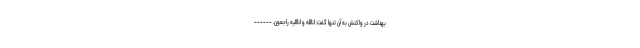
بهداشت در واکنش به آن تنها گفت: انا‌لله و انا‌الیه راجعون. ------